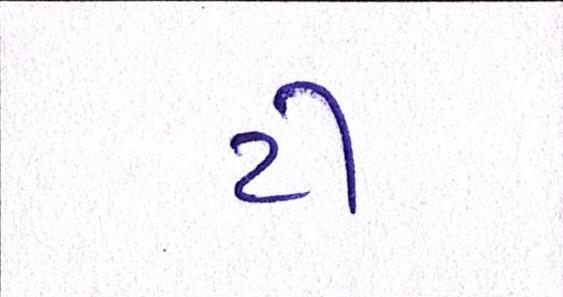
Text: ટી